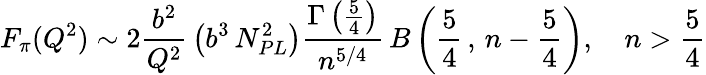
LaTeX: F_{\pi}(Q^{2})\sim 2\frac{b^{2}}{Q^{2}}\, \left(b^{3}\, N_{PL}^{2}\right)\frac{\Gamma\left(\frac{5}{4}\right)}{n^{5/4}}\, B\left(\frac{5}{4}\, ,\, n-\frac{5}{4}\right),\quad n>\frac{5}{4}